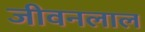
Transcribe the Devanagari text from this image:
जीवनलाल